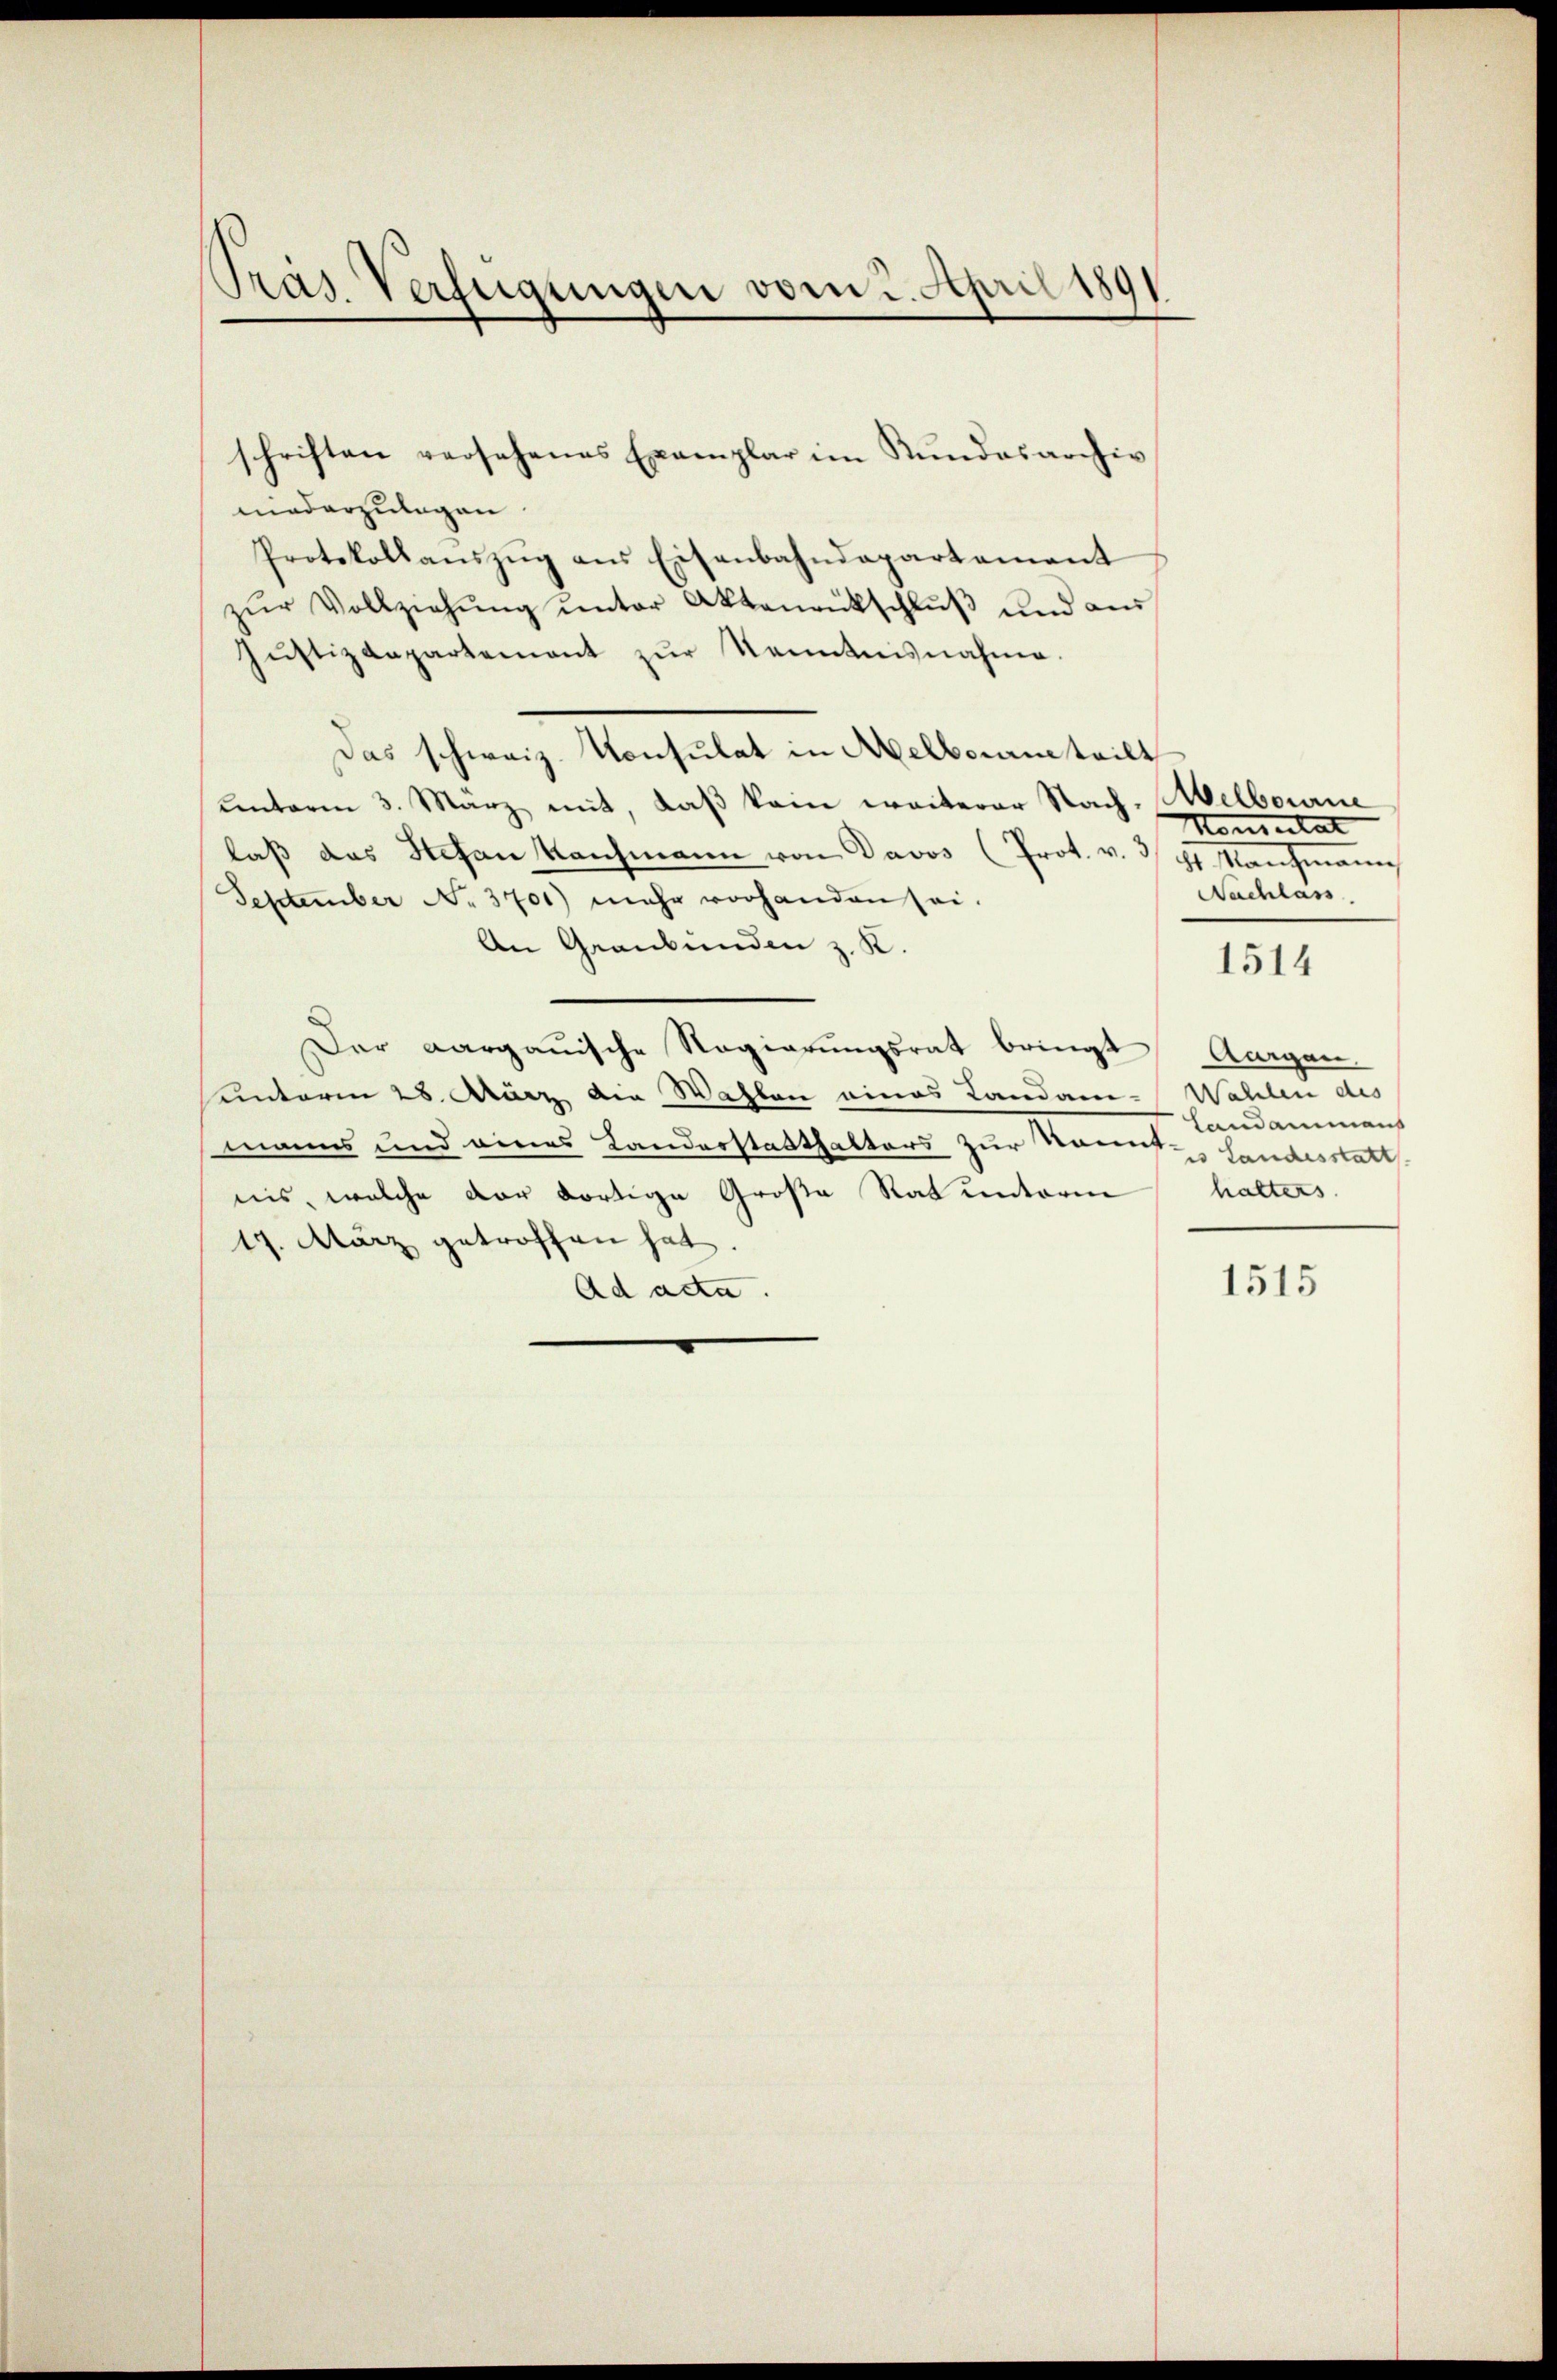
Präs. Verfügungen vom 2. April 1891

schriften versehenes Exemplar im Rundesarchiv
niederzulagen.
Protokollaŭszŭg ans Eisenbahndepartement
zŭr Vollziehŭng ŭnter Aktenantschlŭβ ŭnd aŭs
Jŭstizdepartement zŭr Kenntnisnahme.
Das schweiz. Konsulat in Melboram teilt
unterm 3. März mit, daß kein weiterer Nach. Melbourne
laß das Stefan Kaufmann von Davos (Prot. v. 3/4 Kaufmann
September No. 3701) mehr vorhanden sei.
An Graubünden z. K.
Der Aargauische Regierungsrat bringt Aargau
unterm 28. März die Wahlen eines Landam- Wahlen des
manns und eines Landerstatthalters zur kannte Handesstatt
nis, welche der dortige Große Rat unterm
17. März getroffen hat.
Ad acta.

Konsulat
Nachlass

1514

Landamman
halters

1515